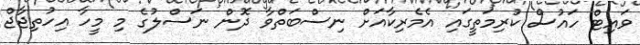
ވައިޓް ހައުސް ކުރިމަތީގައި އެމެރިކާއަށް ނިސްބަތްވާ ދޮން ނަސްލުގެ މި މީހާ އިހުތިޖާޖް